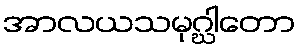
အာလယသမုဂ္ဃါတော